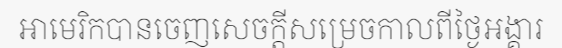
អាមេរិកបានចេញសេចក្តីសម្រេចកាលពីថ្ងៃអង្គារ